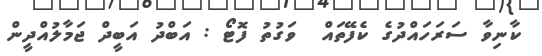
ކާނިވާ ސަރަހައްދުގެ ކެފޭތައް  ވަގުތު ފޮޓޯ : އަބްދު އަބީދް ޖަމާލުއްދީން